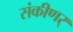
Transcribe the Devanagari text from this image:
संकीणर्